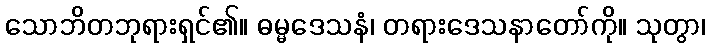
သောဘိတဘုရားရှင်၏။ ဓမ္မဒေသနံ၊ တရားဒေသနာတော်ကို။ သုတွာ၊